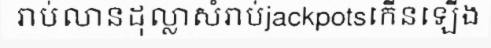
រាប់លានដុល្លាសំរាប់jackpotsកើនឡើង